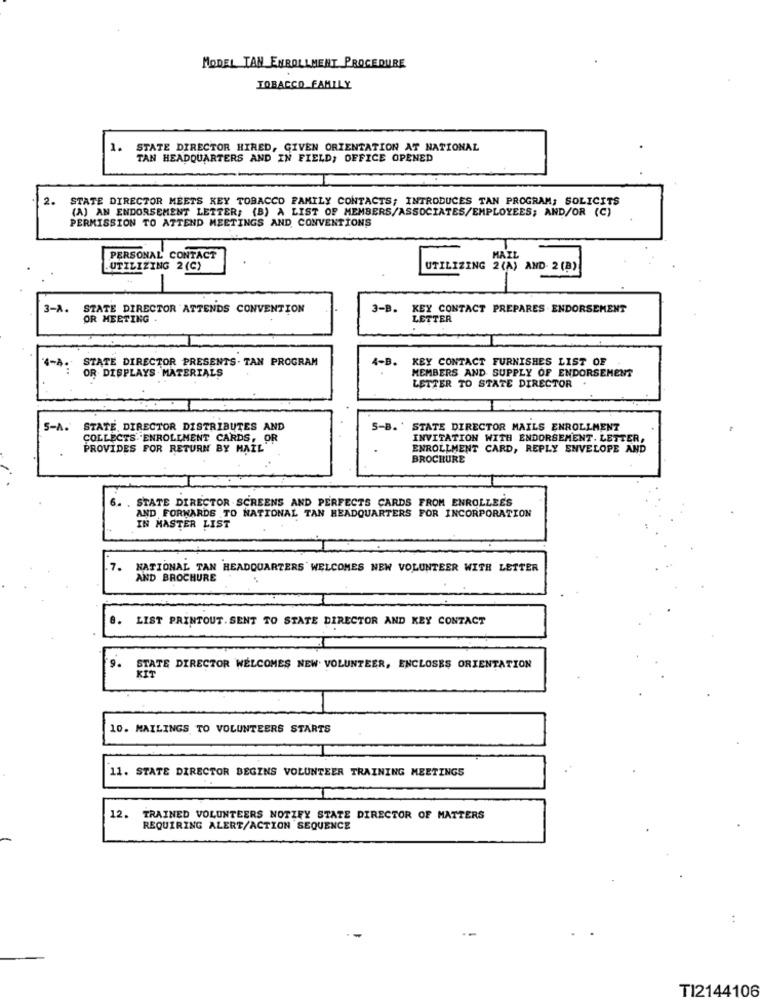
MODEL TAN ENROLLMENT PROCEDURE
TOBACCO FAMILY
1.
STATE DIRECTOR HIRED, GIVEN ORIENTATION AT NATIONAL
TAN HEADQUARTERS AND IN FIELD, OFFICE OPENED
2.
STATE DIRECTOR MEETS KEY TOBACCO FAMILY CONTACTS; INTRODUCES TAN PROGRAM; SOLICITS
(A) AN ENDORSEMENT LETTER; (B) A LIST OF MEMBERS/ASSOCIATES/EMPLOYEES; AND/OR (C)
PERMISSION TO ATTEND MEETINGS AND CONVENTIONS
PERSONAL CONTACT
MAIL
UTILIZING 2(C)
UTILIZING 2(A) AND 2 (B)
3-A.
STATE DIRECTOR ATTENDS CONVENTION
3-B. KEY CONTACT PREPARES . ENDORSEMENT
OR MEETING .
LETTER
4-A. STATE DIRECTOR PRESENTS . TAN PROGRAM
4-B. KEY CONTACT FURNISHES LIST OF
OR DISPLAYS . MATERIALS
MEMBERS AND SUPPLY OF ENDORSEMENT
LETTER TO STATE DIRECTOR .
5-A. STATE, DIRECTOR DISTRIBUTES AND
S-B. ' STATE DIRECTOR MAILS ENROLLMENT
COLLECTS ENROLLMENT CARDS, OR
INVITATION WITH ENDORSEMENT. LETTER,
PROVIDES FOR RETURN BY MAIL
ENROLLMENT CARD, REPLY ENVELOPE AND
BROCHURE
6. . STATE DIRECTOR SCREENS AND PERFECTS CARDS FROM ENROLLEES
AND FORWARDS TO NATIONAL TAN HEADQUARTERS FOR INCORPORATION
IN MASTER LIST
.7.
NATIONAL TAN HEADQUARTERS WELCOMES NEW VOLUNTEER WITH LETTER
AND BROCHURE
8. LIST PRINTOUT. SENT TO STATE DIRECTOR AND KEY CONTACT
9. STATE DIRECTOR WELCOMES NEW VOLUNTEER, ENCLOSES ORIENTATION
10. MAILINGS TO VOLUNTEERS STARTS
11. STATE DIRECTOR BEGINS VOLUNTEER TRAINING MEETINGS
12.
TRAINED VOLUNTEERS NOTZEY STATE DIRECTOR OF MATTERS
REQUIRING ALERT/ACTION SEQUENCE
TI2144106